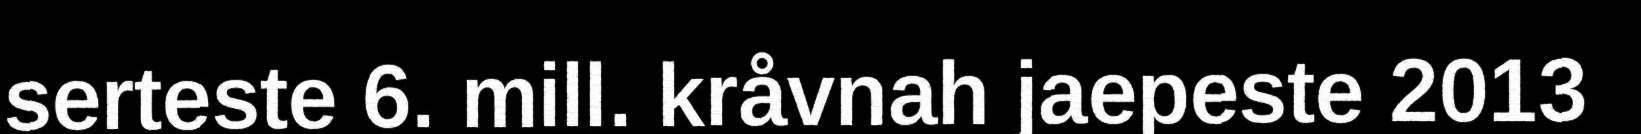
serteste 6. mill. kråvnah jaepeste 2013